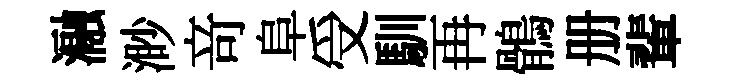
瀜渺竒阜受馴再鶻册輩